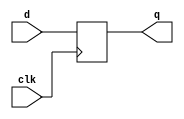
module d_flip_flop (
    input wire clk,    // Clock input
    input wire d,      // Data input
    output reg q      // Output
);

// Always block to model the behavior of a D flip-flop
always @(posedge clk) begin
    q <= d; // Non-blocking assignment
end

endmodule